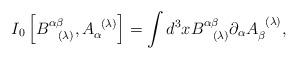
LaTeX: \begin{align*}I_{0}\left[ B_{\;\;\;(\lambda )}^{\alpha \beta },A_{\alpha }^{\;\;(\lambda)}\right] =\int d^{3}xB_{\;\;\;(\lambda )}^{\alpha \beta }\partial _{\alpha}A_{\beta }^{\;\;(\lambda )}, \end{align*}